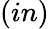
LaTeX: (in)